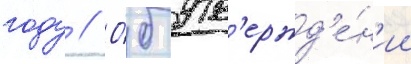
году // О́б утв'ержд'е́н'ии